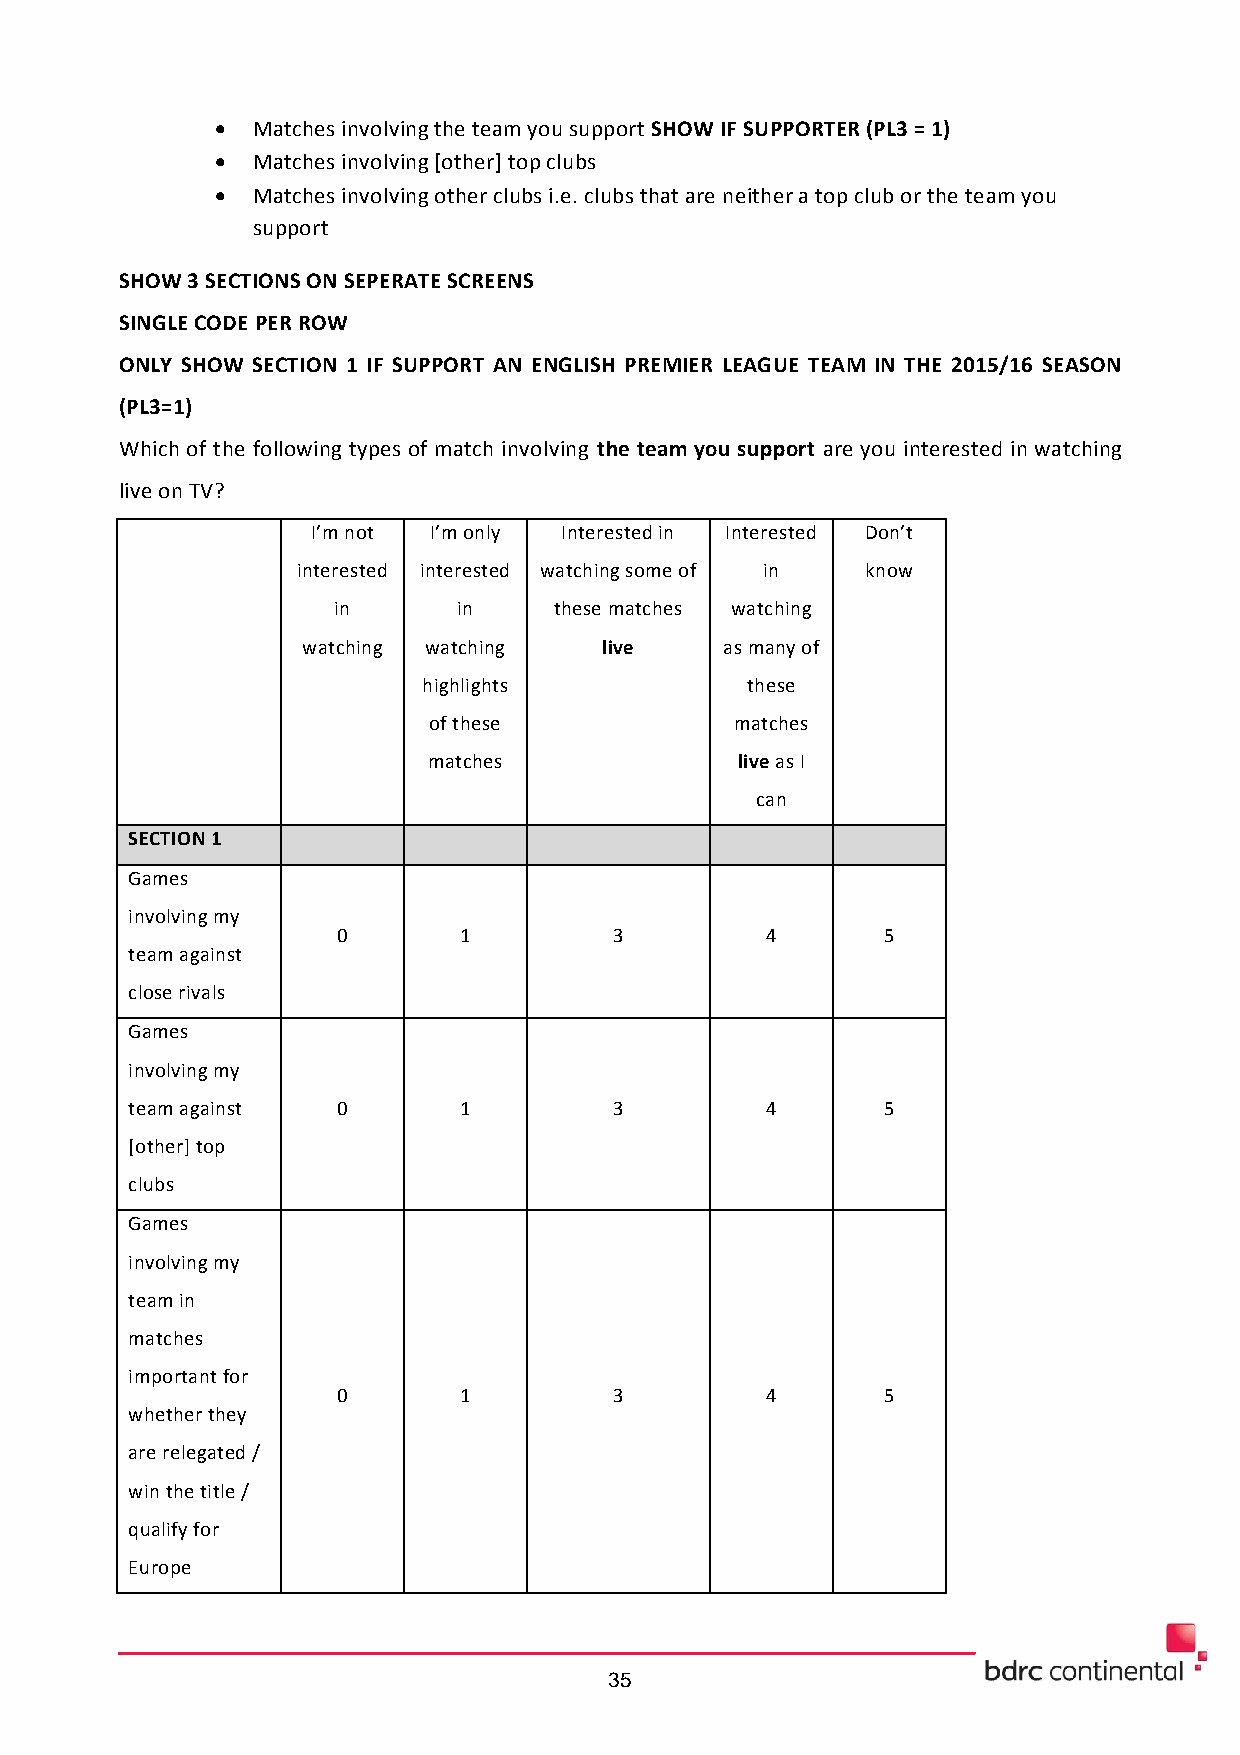
  Matches involving the team you support SHOW IF SUPPORTER (PL3 = 1)
   Matches involving [other] top clubs
   Matches involving other clubs i.e. clubs that are neither a top club or the team you
 support
 SHOW 3 SECTIONS ON SEPERATE SCREENS
 SINGLE CODE PER ROW
 ONLY SHOW SECTION 1 IF SUPPORT AN ENGLISH PREMIER LEAGUE TEAM IN THE 2015/16 SEASON
 (PL3=1)
 Which of the following types of match involving the team you support are you interested in watching
 live on TV?
 I’m not I’m only Interested in Interested Don’t
 interested interested watching some of in know
 in      in     these matches watching
 watching watching   live    as many of
 highlights           these
 of these             matches
 matches              live as I
 can
 SECTION 1
 Games
 involving my
 0       1          3         4      5
 team against
 close rivals
 Games
 involving my
 team against  0       1          3         4      5
 [other] top
 clubs
 Games
 involving my
 team in
 matches
 important for
 0       1          3         4      5
 whether they
 are relegated /
 win the title /
 qualify for
 Europe
 35